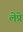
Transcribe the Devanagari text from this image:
लेप्रे